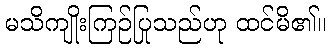
မသိကျိုးကြဉ်ပြုသည်ဟု ထင်မိ၏။